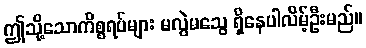
ဤသို့သောကိစ္စရပ်များ မလွဲမသွေ ရှိနေပါလိမ့်ဦးမည်။